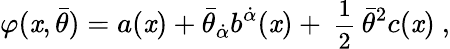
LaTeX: \varphi(\mathit{x},\bar{{\theta}})=a(\mathit{x})+\bar{{\theta}}_{\dot{{\alpha}}}b^{\dot{{\alpha}}}(\mathit{x})+{\mathrm{{\small{~\frac{1}{2}~}}}}\bar{{\theta}}^{2}c(\mathit{x})\ ,